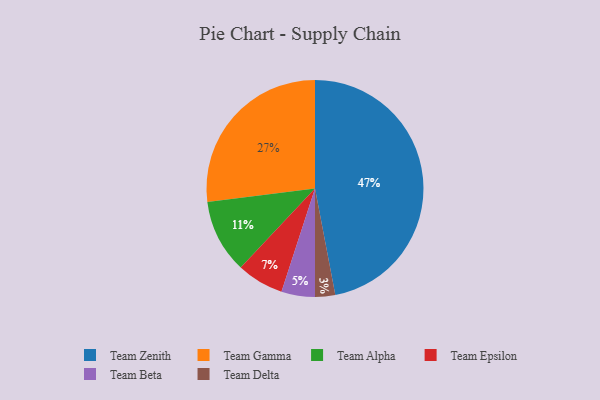
{"axis": {"x": "Category", "y": "Percentage"}, "legend": ["Team Alpha", "Team Beta", "Team Delta", "Team Epsilon", "Team Gamma", "Team Zenith"], "data": [{"x": "Team Alpha", "y": 11, "type": "Team Alpha"}, {"x": "Team Beta", "y": 5, "type": "Team Beta"}, {"x": "Team Gamma", "y": 27, "type": "Team Gamma"}, {"x": "Team Delta", "y": 3, "type": "Team Delta"}, {"x": "Team Epsilon", "y": 7, "type": "Team Epsilon"}, {"x": "Team Zenith", "y": 47, "type": "Team Zenith"}]}